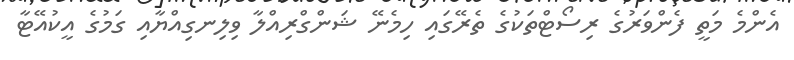
އެންމެ މަތީ ފެންވަރުގެ ރިސޯޓްތަކުގެ ތެރޭގައި ހިމެނޭ ޝަންގްރިއްލާ ވިލިނގިއްޔާއި ގަމުގެ އީކުއޭޓާ